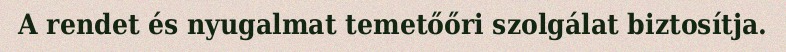
A rendet és nyugalmat temetőőri szolgálat biztosítja.